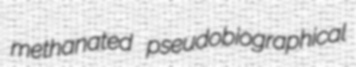
methanated pseudobiographical